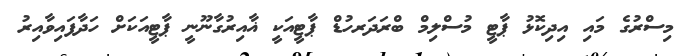
މިސްރުގެ މައި އިދިކޮޅު ޕާޓީ މުސްލިމް ބްރަދަރހުޑް ޕާޓީއަކީ ޣާއިރުގާނޫނީ ޕާޓީއަކަށް ހަދާފައިވާއިރު